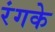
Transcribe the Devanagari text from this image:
रंगके